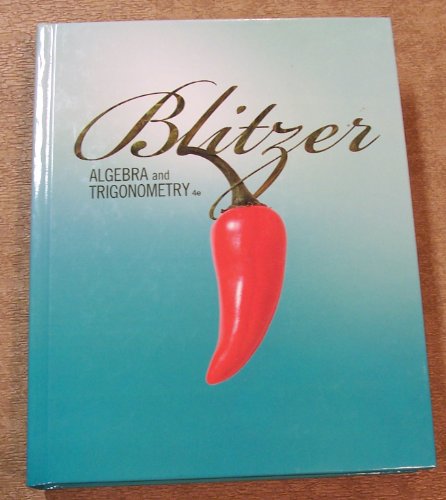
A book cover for BLITZER ALGEBRA and TRIGONOMETRY; BLITZER; Science & Math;